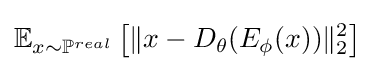
\mathbb {E} _{x\sim \mathbb {P} ^{real}}\left[\|x-D_{\theta }(E_{\phi }(x))\|_{2}^{2}\right]